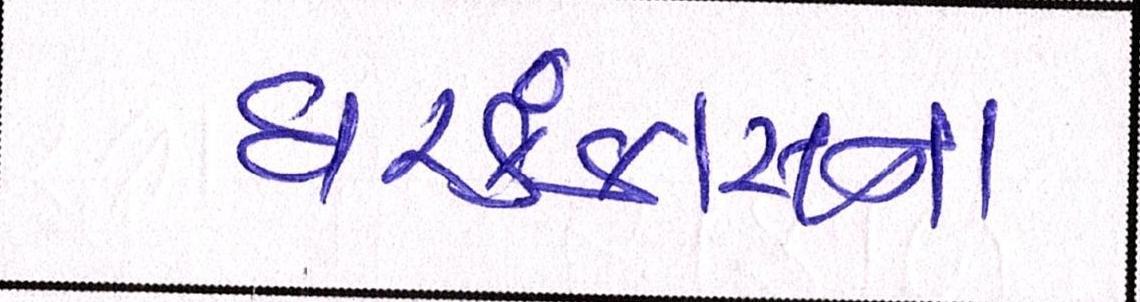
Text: ઘરકંકાસના